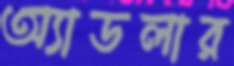
অ্যাডলার